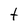
Character: t